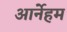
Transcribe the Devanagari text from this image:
आर्नेहम